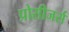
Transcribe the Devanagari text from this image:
प्रोसीजर्स